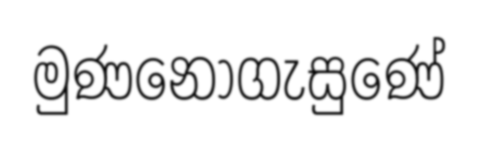
මුණනොගැසුණේ